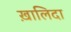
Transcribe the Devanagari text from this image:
ख़ालिदा